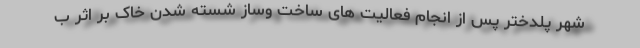
شهر پلدختر پس از انجام فعالیت های ساخت وساز شسته شدن خاک بر اثر ب